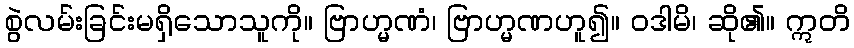
စွဲလမ်းခြင်းမရှိသောသူကို။ ဗြာဟ္မဏံ၊ ဗြာဟ္မဏဟူ၍။ ဝဒါမိ၊ ဆို၏။ ဣတိ